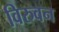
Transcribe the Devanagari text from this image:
विरुवन